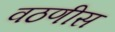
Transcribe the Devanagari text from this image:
वठणीस